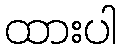
ထားပါ